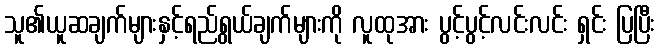
သူ၏ယူဆချက်များနှင့်ရည်ရွယ်ချက်များကို လူထုအား ပွင့်ပွင့်လင်းလင်း ရှင်း ပြပြီး